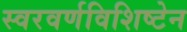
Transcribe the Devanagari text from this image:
स्वरवर्णविशिष्टेन